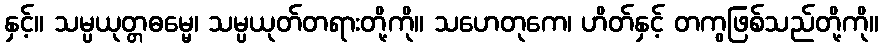
နှင့်။ သမ္ပယုတ္တဓမ္မေ၊ သမ္ပယုတ်တရားတို့ကို။ သဟေတုကေ၊ ဟိတ်နှင့် တကွဖြစ်သည်တို့ကို။